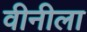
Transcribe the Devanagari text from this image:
वीनीला